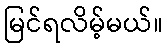
မြင်ရလိမ့်မယ်။